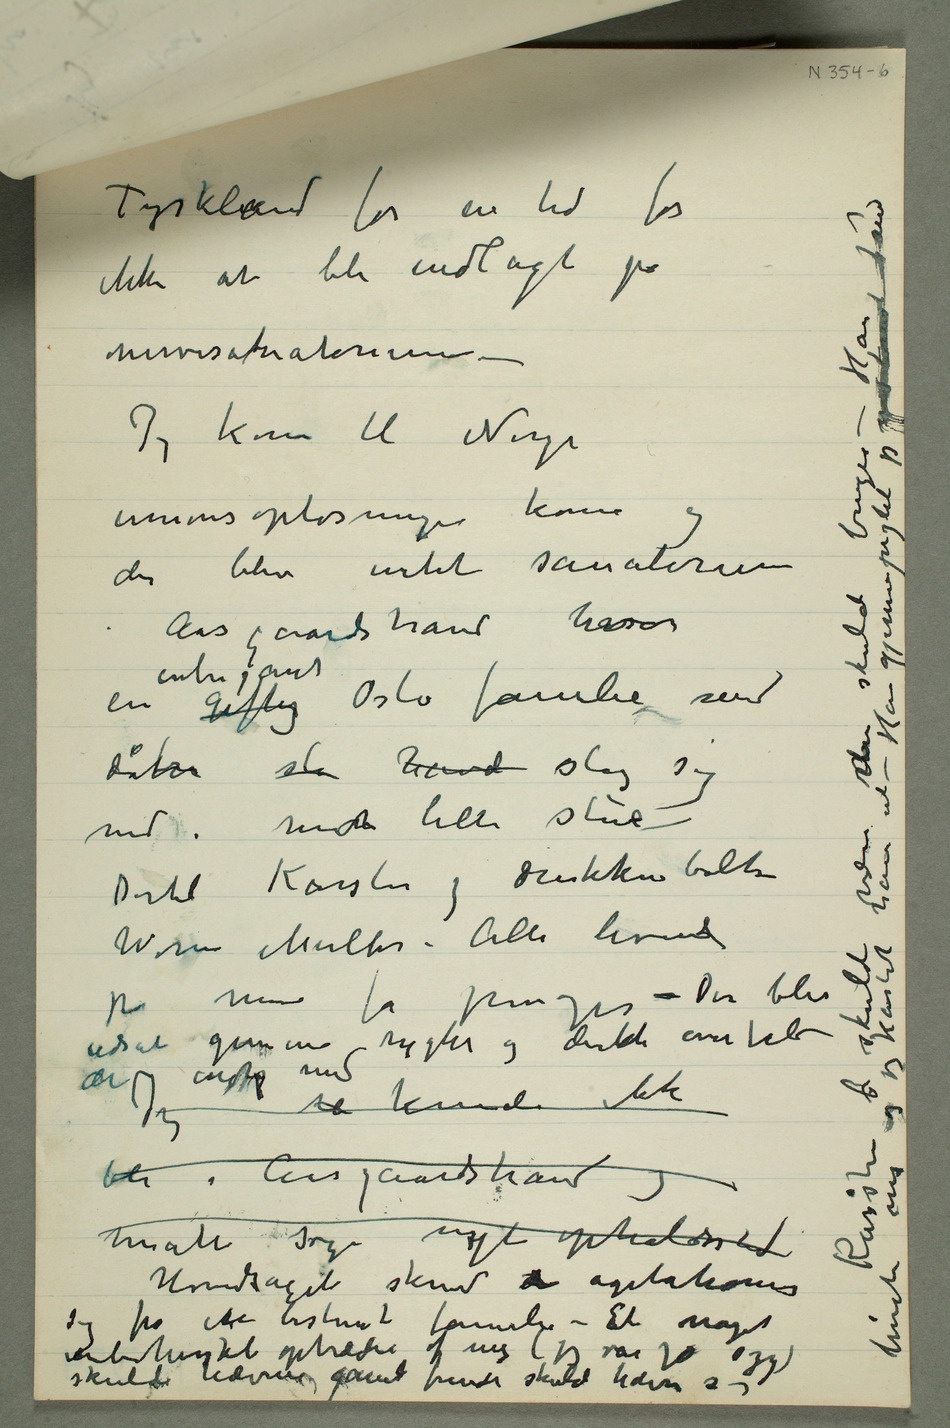
ikke at bli indlagt på
Jeg kom til Norge
unionsopløsningen kom og
der blev intet sanatorium
en giftig intrigant Oslo familie med
døtre slo havde slog sig
ned i mitn lille stue –
Dertil Karsten og drukkenbolten
Worm Müller – Alle levede
på mine få penger – Der blev
udsat gemene rygter og direkte overfald der
Hovedsageli skrev a agitationerne sig
en bestemt familie – Et noget